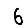
Digit: 6